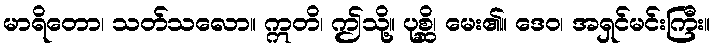
မာရိတော၊ သတ်သလော။ ဣတိ၊ ဤသို့။ ပုစ္ဆိ၊ မေး၏။ ဒေဝ၊ အရှင်မင်းကြီး။